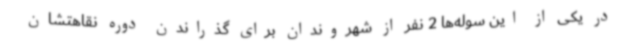
در یکی از این سوله‌ها 2 نفر از شهروندان برای گذراندن دوره نقاهتشان